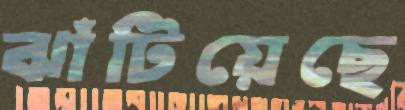
ঝাঁটিয়েছে